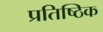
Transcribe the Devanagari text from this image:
प्रतिष्ठिक